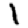
Digit: 1